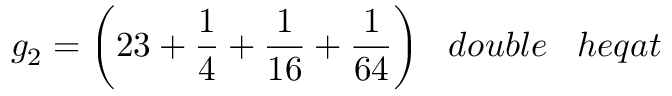
g _ { 2 } = { \bigg ( } 2 3 + { \frac { 1 } { 4 } } + { \frac { 1 } { 1 6 } } + { \frac { 1 } { 6 4 } } { \bigg ) } \; \; \; d o u b l e \; \; \; h e q a t